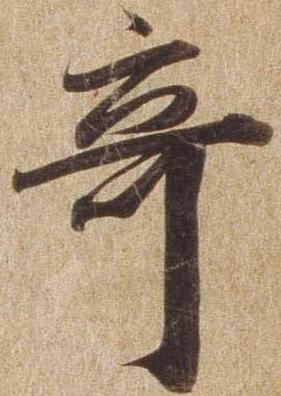
奇